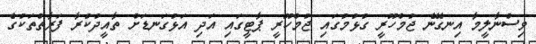
ވިސްނާލީމާ އިނގޭނެ ޖުމްހޫރީ ގުޅުމުގައި ޖުމްހޫރީ ޕާޓީގައި އަދި އަޅުގަނޑަށް ތާއީދުކުރާ ފަރާތްތަކުގެ